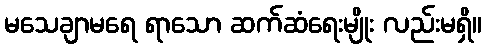
မသေချာမရေ ရာသော ဆက်ဆံရေးမျိုး လည်းမရှိ။